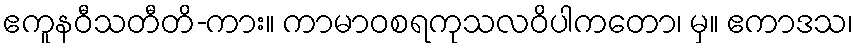
ဧကူနဝီသတီတိ-ကား။ ကာမာဝစရကုသလဝိပါကတော၊ မှ။ ဧကာဒသ၊